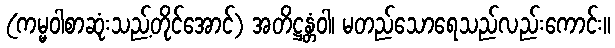
(ကမ္မဝါစာဆုံးသည့်တိုင်အောင်) အတိဋ္ဌန္တံဝါ၊ မတည်သောရေသည်လည်းကောင်း။